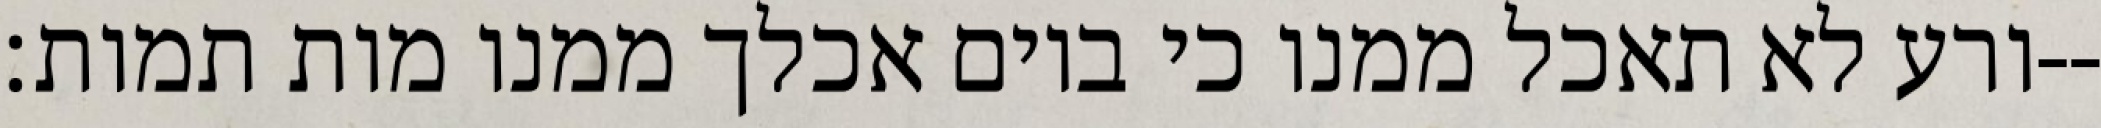
ורע לא תאכל ממנו כי ביום אכלך ממנו מות תמות׃--